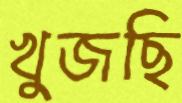
খুজছি